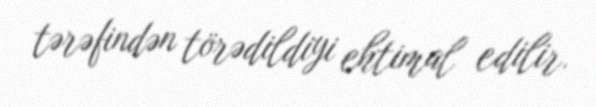
tərəfindən törədildiyi ehtimal edilir.